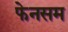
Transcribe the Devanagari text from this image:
फेनसम